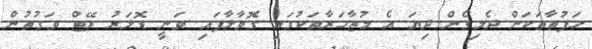
ހަފުތާތަކަށް ދެމިގެން ދިޔަ އެ މުޒާހަރާތަކުގައި ގޮވާލާފައި ވަނީ ޑޮލަރު ރޭޓް ވަގުތުން